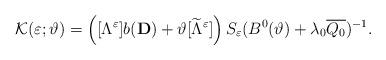
LaTeX: \begin{align*}\mathcal{K}(\varepsilon ;\vartheta)=\left([\Lambda ^\varepsilon ]b(\mathbf{D})+\vartheta [\widetilde{\Lambda}^\varepsilon ]\right)S_\varepsilon (B^0(\vartheta)+\lambda_0\overline{Q_0})^{-1}.\end{align*}